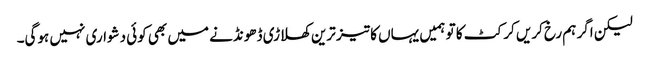
لیکن اگر ہم رخ کریں کرکٹ کا تو ہمیں یہاں کا تیز ترین کھلاڑی ڈھونڈنے میں بھی کوئی دشواری نہیں ہوگی۔